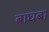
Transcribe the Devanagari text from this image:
बाघबा